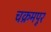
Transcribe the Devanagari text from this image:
चक्रमपूर